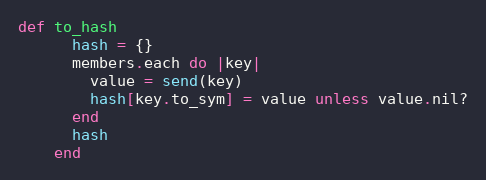
Language: Ruby
def to_hash
      hash = {}
      members.each do |key|
        value = send(key)
        hash[key.to_sym] = value unless value.nil?
      end
      hash
    end